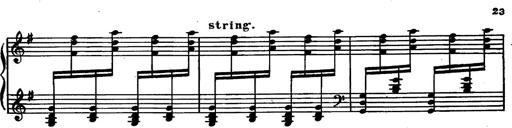
Title: Magyar rapszÃ³diÃ¡k
Composer: Franz Liszt